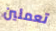
تعملين